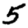
Digit: 5